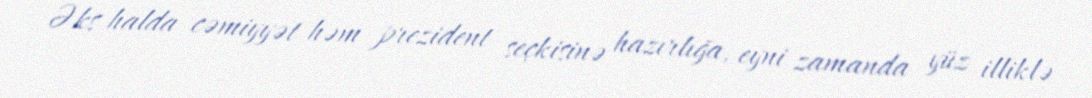
Əks halda cəmiyyət həm prezident seçkisinə hazırlığa, eyni zamanda yüz illiklə